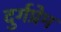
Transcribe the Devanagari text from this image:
दुर्गप्रेम